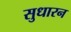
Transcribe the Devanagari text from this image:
सुधारन